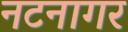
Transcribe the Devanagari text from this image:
नटनागर